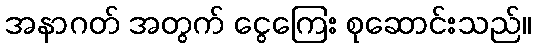
အနာဂတ် အတွက် ငွေကြေး စုဆောင်းသည်။